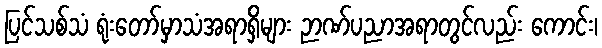
ပြင်သစ်သံ ရုံးတော်မှာသံအရာရှိများ ဉာဏ်ပညာအရာတွင်လည်း ကောင်း၊